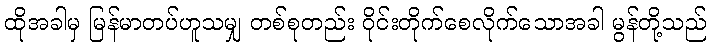
ထိုအခါမှ မြန်မာတပ်ဟူသမျှ တစ်စုတည်း ဝိုင်းတိုက်စေလိုက်သောအခါ မွန်တို့သည်